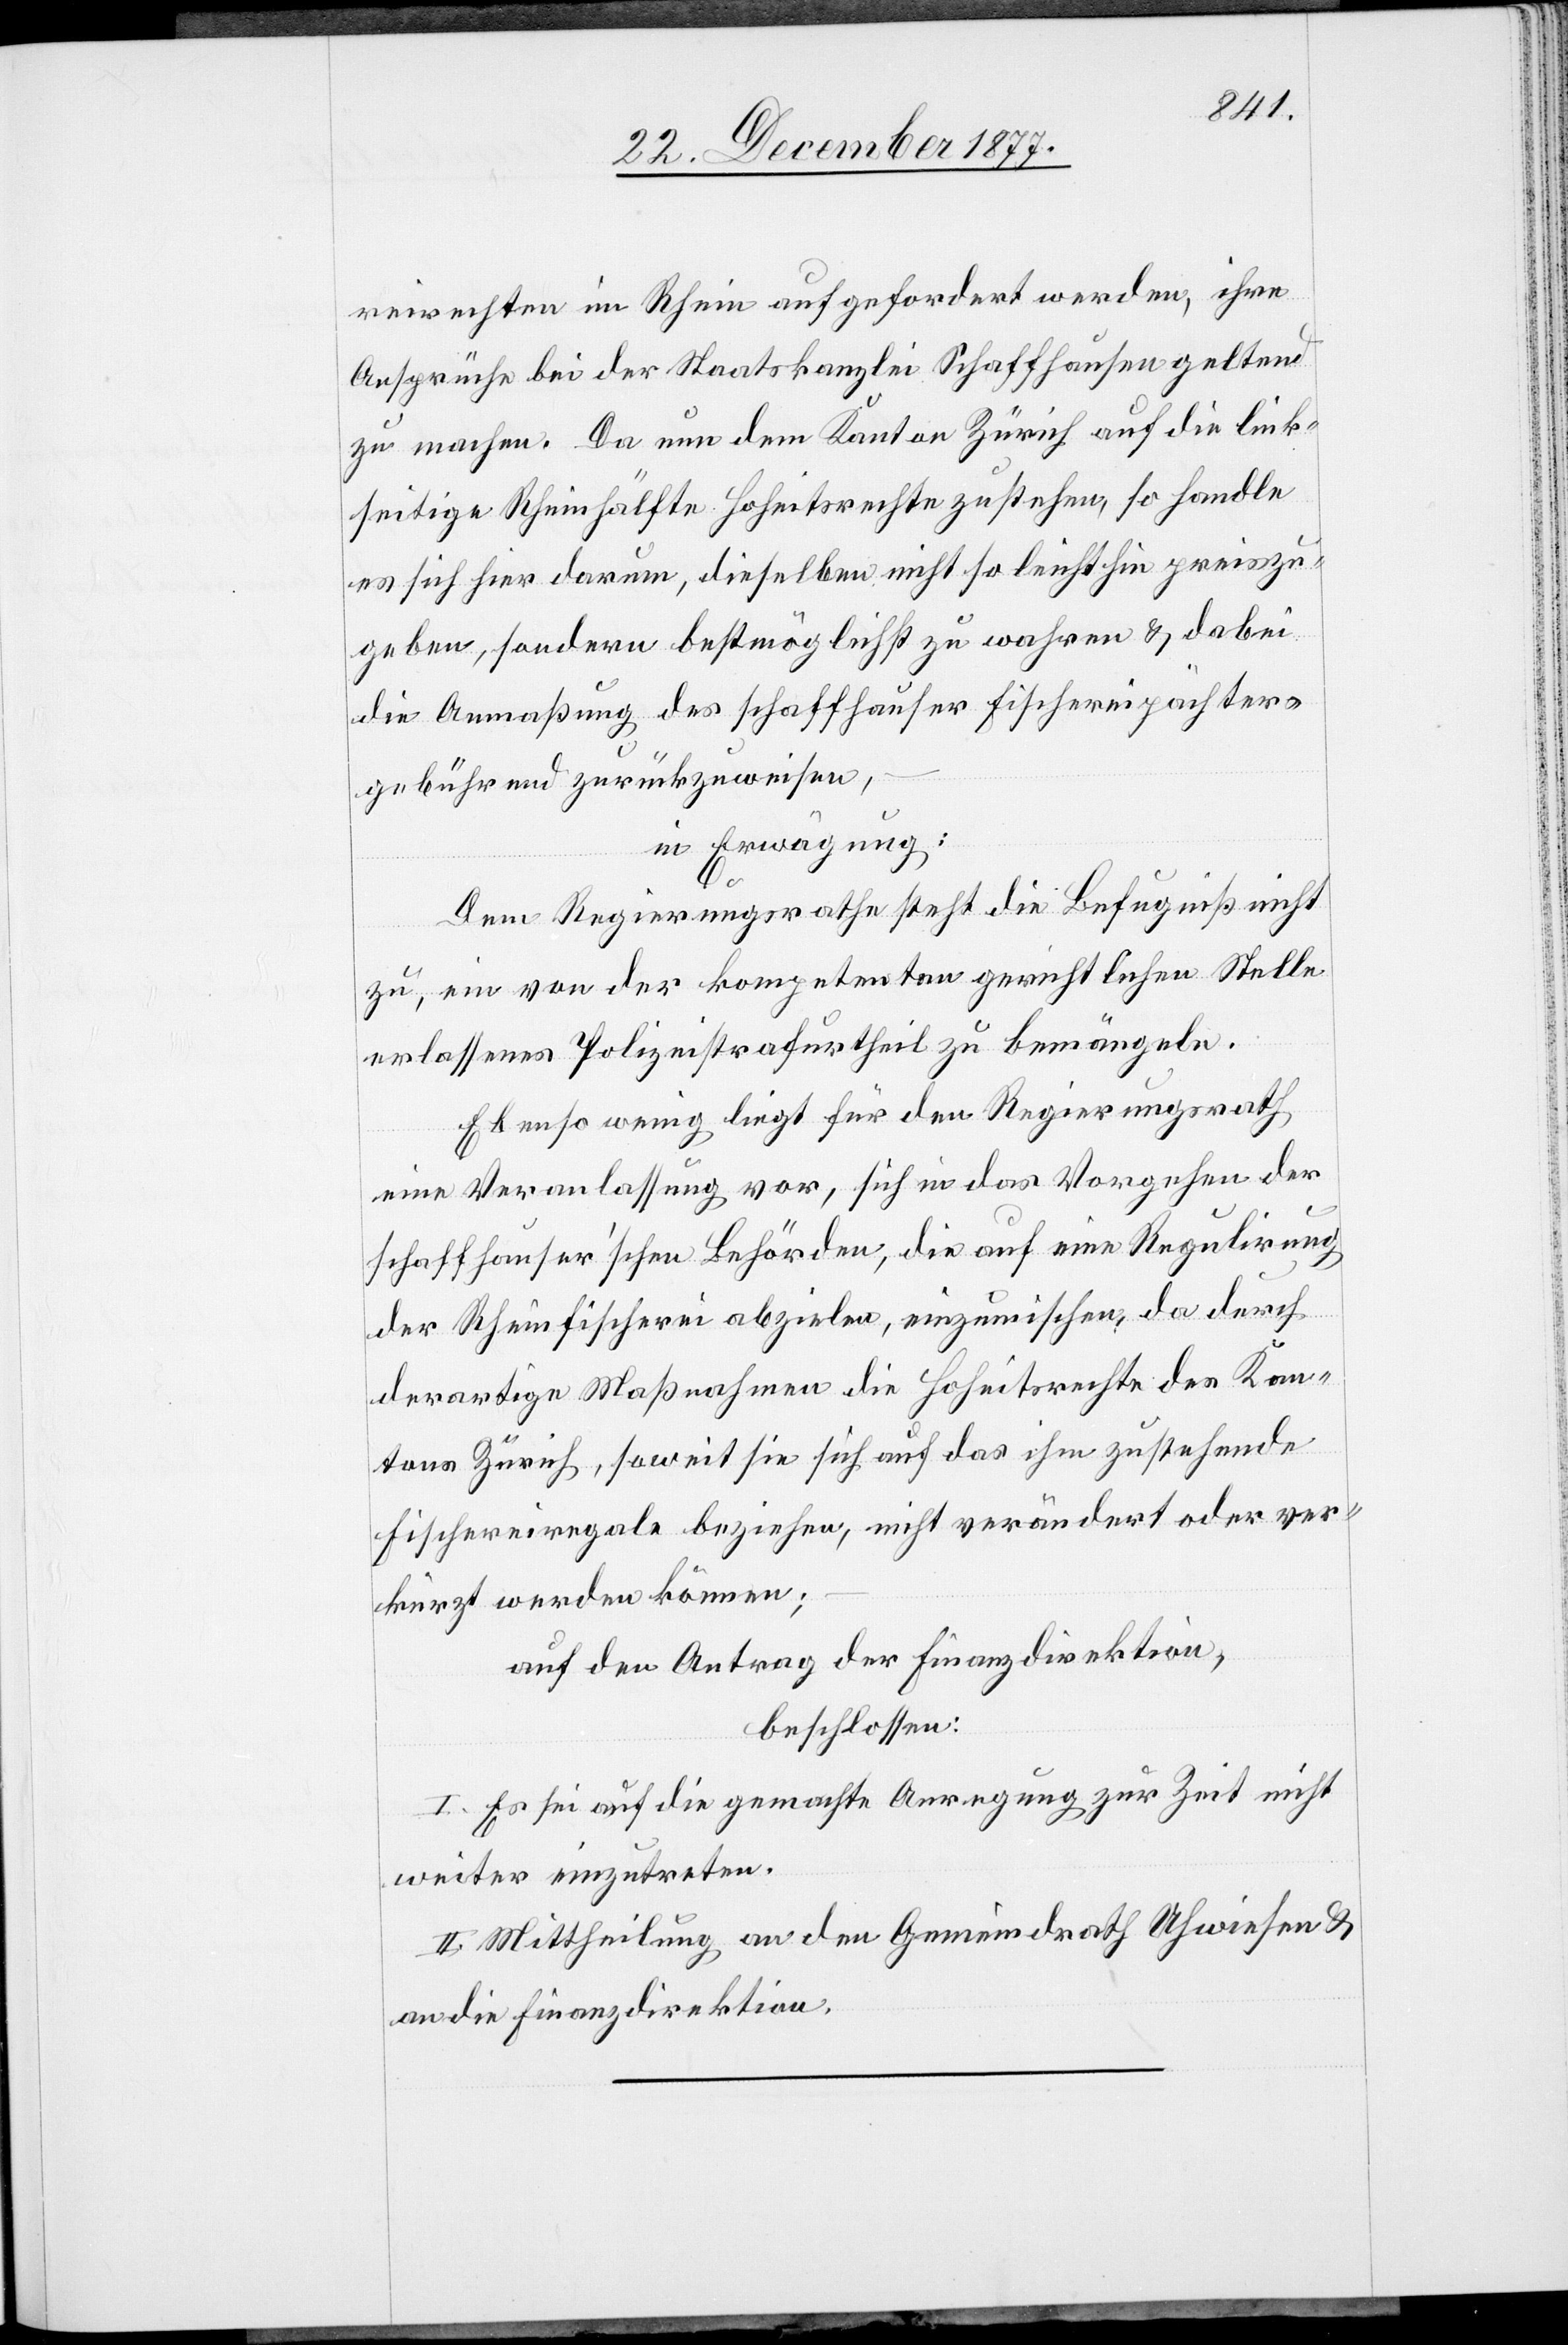
reirechten im Rhein aufgefordert werden, ihre
Ansprüche bei der Staatskanzlei Schaffhausen geltend
zu machen. Da nun dem Kanton Zürich auf die link¬
seitige Rheinhälfte Hoheitsrechte zustehen, so handle
es sich hier darum, dieselben nicht so leichthin preiszu¬
geben, sondern bestmöglichst zu wahren & dabei
die Anmaßung des schaffhauser Fischereipächters
gebührend zurückzuweisen,
in Erwägung:
Dem Regierungsrathe steht die Befugniß nicht
zu, ein von der kompetenten gerichtlichen Stelle
erlassenes Polizeistrafurtheil zu bemängeln.
Ebenso wenig liegt für den Regierungsrath
eine Veranlassung vor, sich in das Vorgehen der
schaffhauser’schen Behörden, die auf eine Regulirung
der Rheinfischerei abzielen, einzumischen, da durch
derartige Maßnahmen die Hoheitsrechte des Kan¬
tons Zürich, soweit sie sich auf das ihm zustehende
Fischereiregale beziehen, nicht verändert oder ver¬
kürzt werden können;
auf den Antrag der Finanzdirektion,
beschlossen:
I. Es sei auf die gemachte Anregung zur Zeit nicht
weiter einzutreten.
II. Mittheilung an den Gemeindrath Uhwiesen &
an die Finanzdirektion.